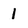
Character: 1